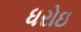
ધરોઇ